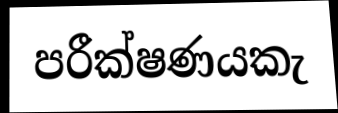
පරීක්ෂණයකැ